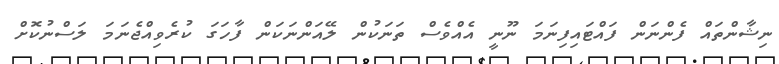
ނިޝާންތައް ފެންނަން ފައްޓައިފިނަމަ ނޫނީ އެއްވެސް ތަނަކުން ލޭއަންނަކަން ފާހަގަ ކުރެވިއްޖެނަމަ ލަސްނުކޮށް